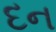
દન